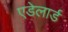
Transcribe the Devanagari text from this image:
एडेलार्ड